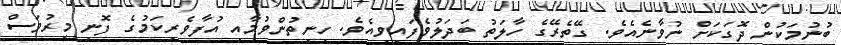
ބުނުމަކުން ދޮގަކަށް ނުވާނެއެވެ. ގޭތެރޭގެ ހާލަތު ބަދަލުވެފައިވިއެވެ. ހިނިތުންވުމާއި އުފާވެރިކަމުުގެ ފޮނި މީރުވަސް